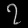
Digit: ၇